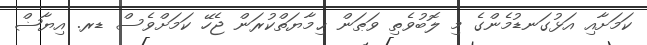
ކަމަށާއި އަޅުގަނޑުމެންގެ މި ލޮބުވެތި ވަޠަން ޙިމާޔަތްކުރަން ޖެހޭ ކަމަށްވެސް ޑރ. އިޔާޟް